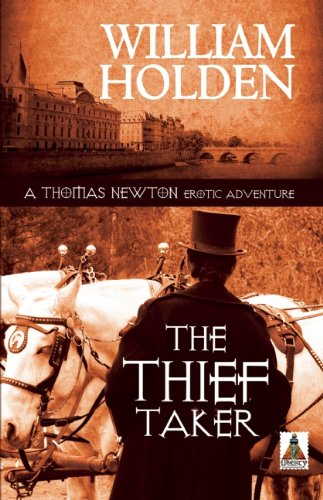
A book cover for The Thief Taker (Thomas Newton Erotic Adventure); William Holden; Romance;